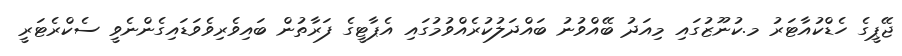
ޖޭޕީގެ ހެޑްކުއާޓަރު މ.ކުނޫޒުގައި މިއަދު ބޭއްވުނު ބައްދަލުކުރެއްވުމުގައި އެޕާޓީގެ ފަރާތުން ބައިވެރިވެވަޑައިގެންނެވީ ސެކްރެޓަރީ